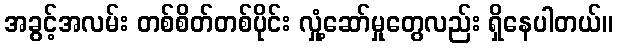
အခွင့်အလမ်း တစ်စိတ်တစ်ပိုင်း လှုံ့ဆော်မှုတွေလည်း ရှိနေပါတယ်။